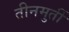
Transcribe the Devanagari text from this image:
तीनमुर्ती